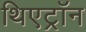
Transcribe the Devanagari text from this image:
थिएट्रॉन